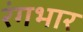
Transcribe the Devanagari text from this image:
रंगभार